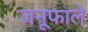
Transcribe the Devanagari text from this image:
जनूफाले